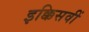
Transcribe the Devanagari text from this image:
इक्किसवीं